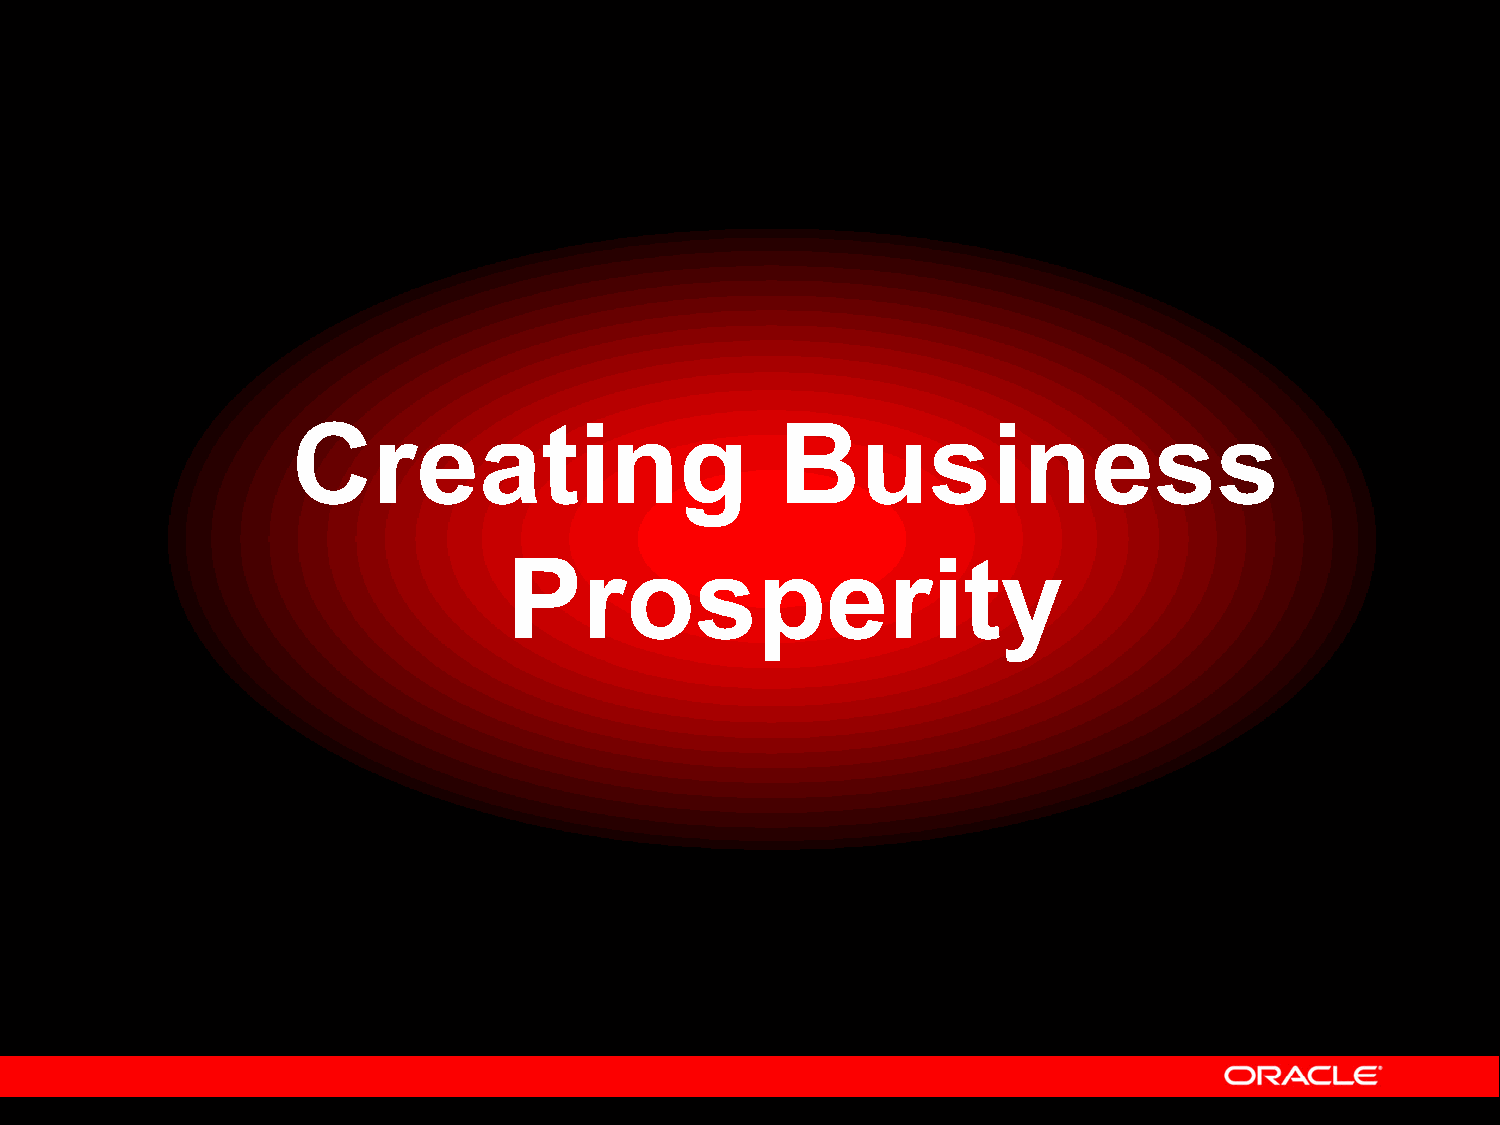
Creating                         Business
 Prosperity